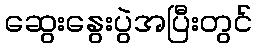
ဆွေးနွေးပွဲအပြီးတွင်